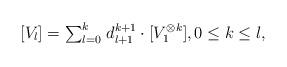
LaTeX: \begin{align*}[V_{l}] = {\textstyle\sum_{l=0}^{k}}\; d_{l{+}1}^{k{+}1}\cdot[V_1^{\otimes k}],0\leq k\leq l,\end{align*}